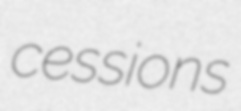
cessions